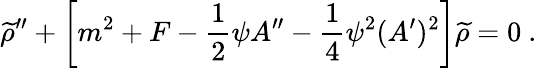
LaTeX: {\widetilde\rho}^{\prime\prime}+\left[m^{2}+F-{\frac{1}{2}}\psi A^{\prime\prime}-{\frac{1}{4}}\psi^{2}(A^{\prime})^{2}\right]{\widetilde\rho}=0~.